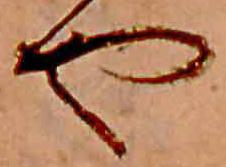
や